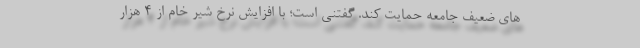
های ضعیف جامعه حمایت کند. گفتنی است؛ با افزایش نرخ شیر خام از ۴ هزار